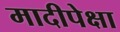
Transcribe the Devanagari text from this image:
मादीपेक्षा